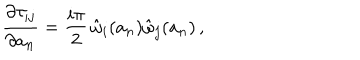
LaTeX: { \frac { \partial \tau _ { i j } } { \partial a _ { n } } } = { \frac { i \pi } { 2 } } \, \hat { \omega } _ { i } ( a _ { n } ) \hat { \omega } _ { j } ( a _ { n } ) \, ,